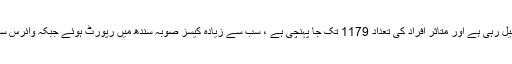
واضح رہے کہ پاکستان میں بھی کورونا وائرس کی وبا تیزی سے پھیل رہی ہے اور متاثر افراد کی تعداد 1179 تک جا پہنچی ہے ، سب سے زیادہ کیسز صوبہ سندھ میں رپورٹ ہوئے جبکہ وائرس سے اب تک 9 افراد جاں بحق اور 21 مریض صحت یاب ہوچکے ہیں۔